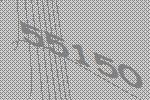
55150